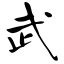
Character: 武